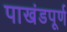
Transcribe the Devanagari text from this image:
पाखंडपूर्ण